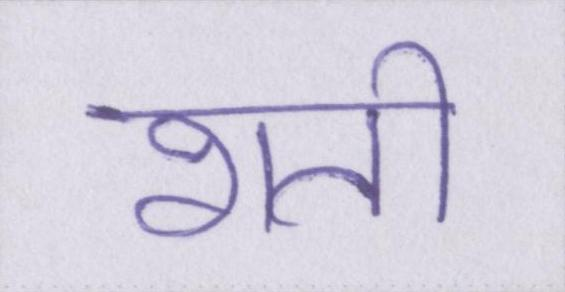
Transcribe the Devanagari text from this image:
शती